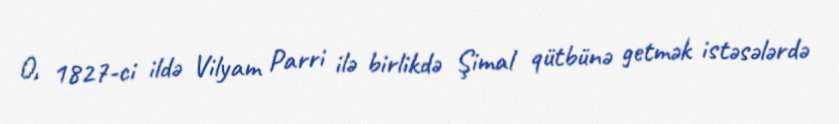
O, 1827-ci ildə Vilyam Parri ilə birlikdə Şimal qütbünə getmək istəsələrdə